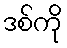
ဒစ်ကို